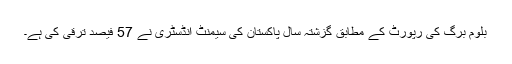
بلوم برگ کی رپورٹ کے مطابق گزشتہ سال پاکستان کی سیمنٹ انڈسٹری نے 57 فیصد ترقی کی ہے۔